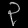
Digit: ၃